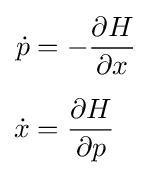
{\begin{aligned}{\dot {p}}&=-{\frac {\partial H}{\partial x}}\\[5pt]{\dot {x}}&={\frac {\partial H}{\partial p}}\end{aligned}}